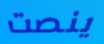
ينصت